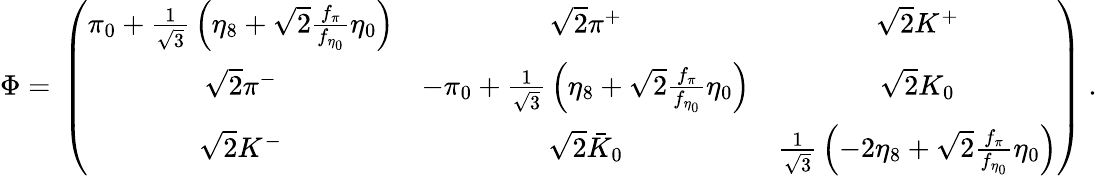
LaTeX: \Phi=\, \left(\begin{array}{ccc}{{\pi_{0}+{\frac{1}{\sqrt 3}}\left(\eta_{8}+\sqrt{2}{\frac{f_{\pi}}{f_{\eta_{0}}}}\eta_{0}\right)}}&{{\sqrt{2}\pi^{+}}}&{{\sqrt{2}K^{+}}}\\ {{\sqrt{2}\pi^{-}}}&{{-\pi_{0}+{\frac{1}{\sqrt 3}}\left(\eta_{8}+\sqrt{2}{\frac{f_{\pi}}{f_{\eta_{0}}}}\eta_{0}\right)}}&{{\sqrt{2}K_{0}}}\\ {{\sqrt{2}K^{-}}}&{{\sqrt{2}\bar{K}_{0}}}&{{{\frac{1}{\sqrt 3}}\left(-2\eta_{8}+\sqrt{2}{\frac{f_{\pi}}{f_{\eta_{0}}}}\eta_{0}\right)}}\end{array}\right)\ .